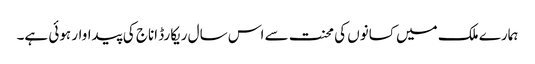
ہمارے ملک میں کسانوں کی محنت سے اس سال ریکارڈ اناج کی پیداوار ہوئی ہے۔